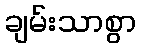
ချမ်းသာစွာ